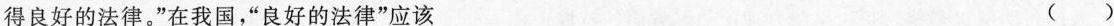
得良好的法律。”在我国，”良好的法律”应该 ()